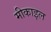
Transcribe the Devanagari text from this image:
मीकाइल